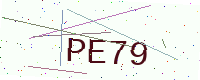
Text: PE79